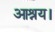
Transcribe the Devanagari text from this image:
आश्रय।